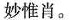
妙惟肖。